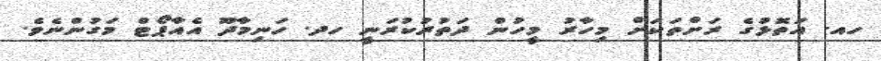
ހއ. އަތޮޅުގެ ރަށްތަކަށް މިހާރު މީހުން ދަތުރުކުރަނީ ހދ. ހަނިމާދޫ އެއާޕޯޓް މަގުންނެވެ.